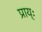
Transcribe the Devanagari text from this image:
प्राय्ः